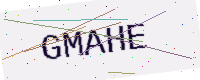
Text: GMAHE